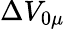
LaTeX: \Delta V_{0\mu}